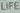
LIFE